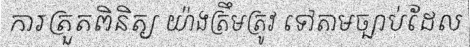
ការត្រួតពិនិត្យ យ៉ាងត្រឹមត្រូវ ទៅតាមច្បាប់ដែល